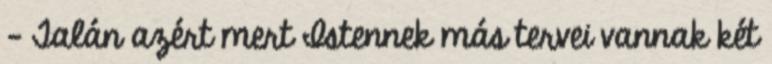
– Talán azért mert Istennek más tervei vannak két